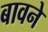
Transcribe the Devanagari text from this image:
बावने